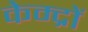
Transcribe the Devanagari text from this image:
केम्द्रों